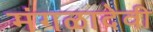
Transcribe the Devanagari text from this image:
मंगळादेवी